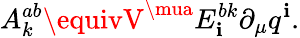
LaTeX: A_{k}^{ab}\equivV^{\mua}E_{\mathbf{i}}^{bk}\partial_{\mu}q^{\mathbf{i}}.